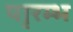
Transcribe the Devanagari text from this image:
पाृरम्भ